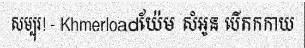
សម្បុរ! - Khmerloadយ៉ែម សំអូន បើកកកាយ